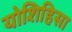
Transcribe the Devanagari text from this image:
योशिहिसा